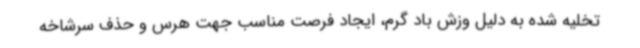
تخلیه شده به دلیل وزش باد گرم، ایجاد فرصت مناسب جهت هرس و حذف سرشاخه